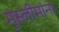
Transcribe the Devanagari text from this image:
मुस्लीमांना